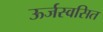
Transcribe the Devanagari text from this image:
ऊर्जस्वसित